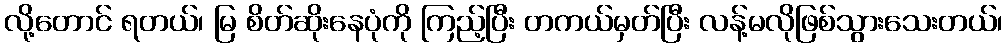
လို့တောင် ရတယ်၊ မြ စိတ်ဆိုးနေပုံကို ကြည့်ပြီး တကယ်မှတ်ပြီး လန့်မလိုဖြစ်သွားသေးတယ်၊